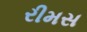
રીમસ